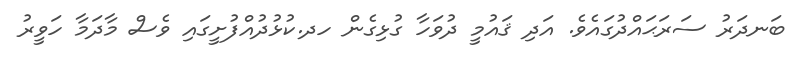
ބަނދަރު ސަރަޙައްދުގައެވެ. އަދި ޤައުމީ ދުވަހާ ގުޅިގެން ހދ.ކުޅުދުއްފުށީގައި ވެސް މާދަމާ ހަވީރު